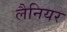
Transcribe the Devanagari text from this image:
लैनियर